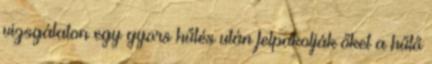
vizsgálaton egy gyors hűtés után felpakolják őket a hűtő